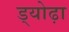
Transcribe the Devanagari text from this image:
ड्योढ़ा